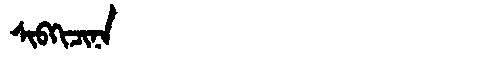
Manchu: ᠰᡳᠪᡴᡳᠴᡳᠨᠠ
Romanization: SIBKICINA